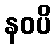
နဝပိ